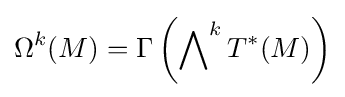
\Omega ^{k}(M)=\Gamma \left(\bigwedge \nolimits ^{k}T^{*}(M)\right)